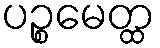
ပဉ္စမေတ္ထ